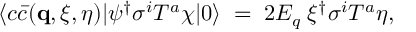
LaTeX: \langle c \bar { c } ( { \bf q } , \xi , \eta ) | \psi ^ { \dagger } \sigma ^ { i } T ^ { a } \chi | 0 \rangle \; = \; 2 E _ { q } \; \xi ^ { \dagger } \sigma ^ { i } T ^ { a } \eta ,